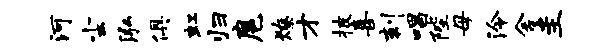
河尘泓俱虹归扈燎才披喜刻唱陛母泠舍圭